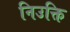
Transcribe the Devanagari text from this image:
निउक्ति